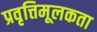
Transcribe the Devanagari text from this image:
प्रवृत्तिमूलकता